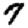
Digit: 7